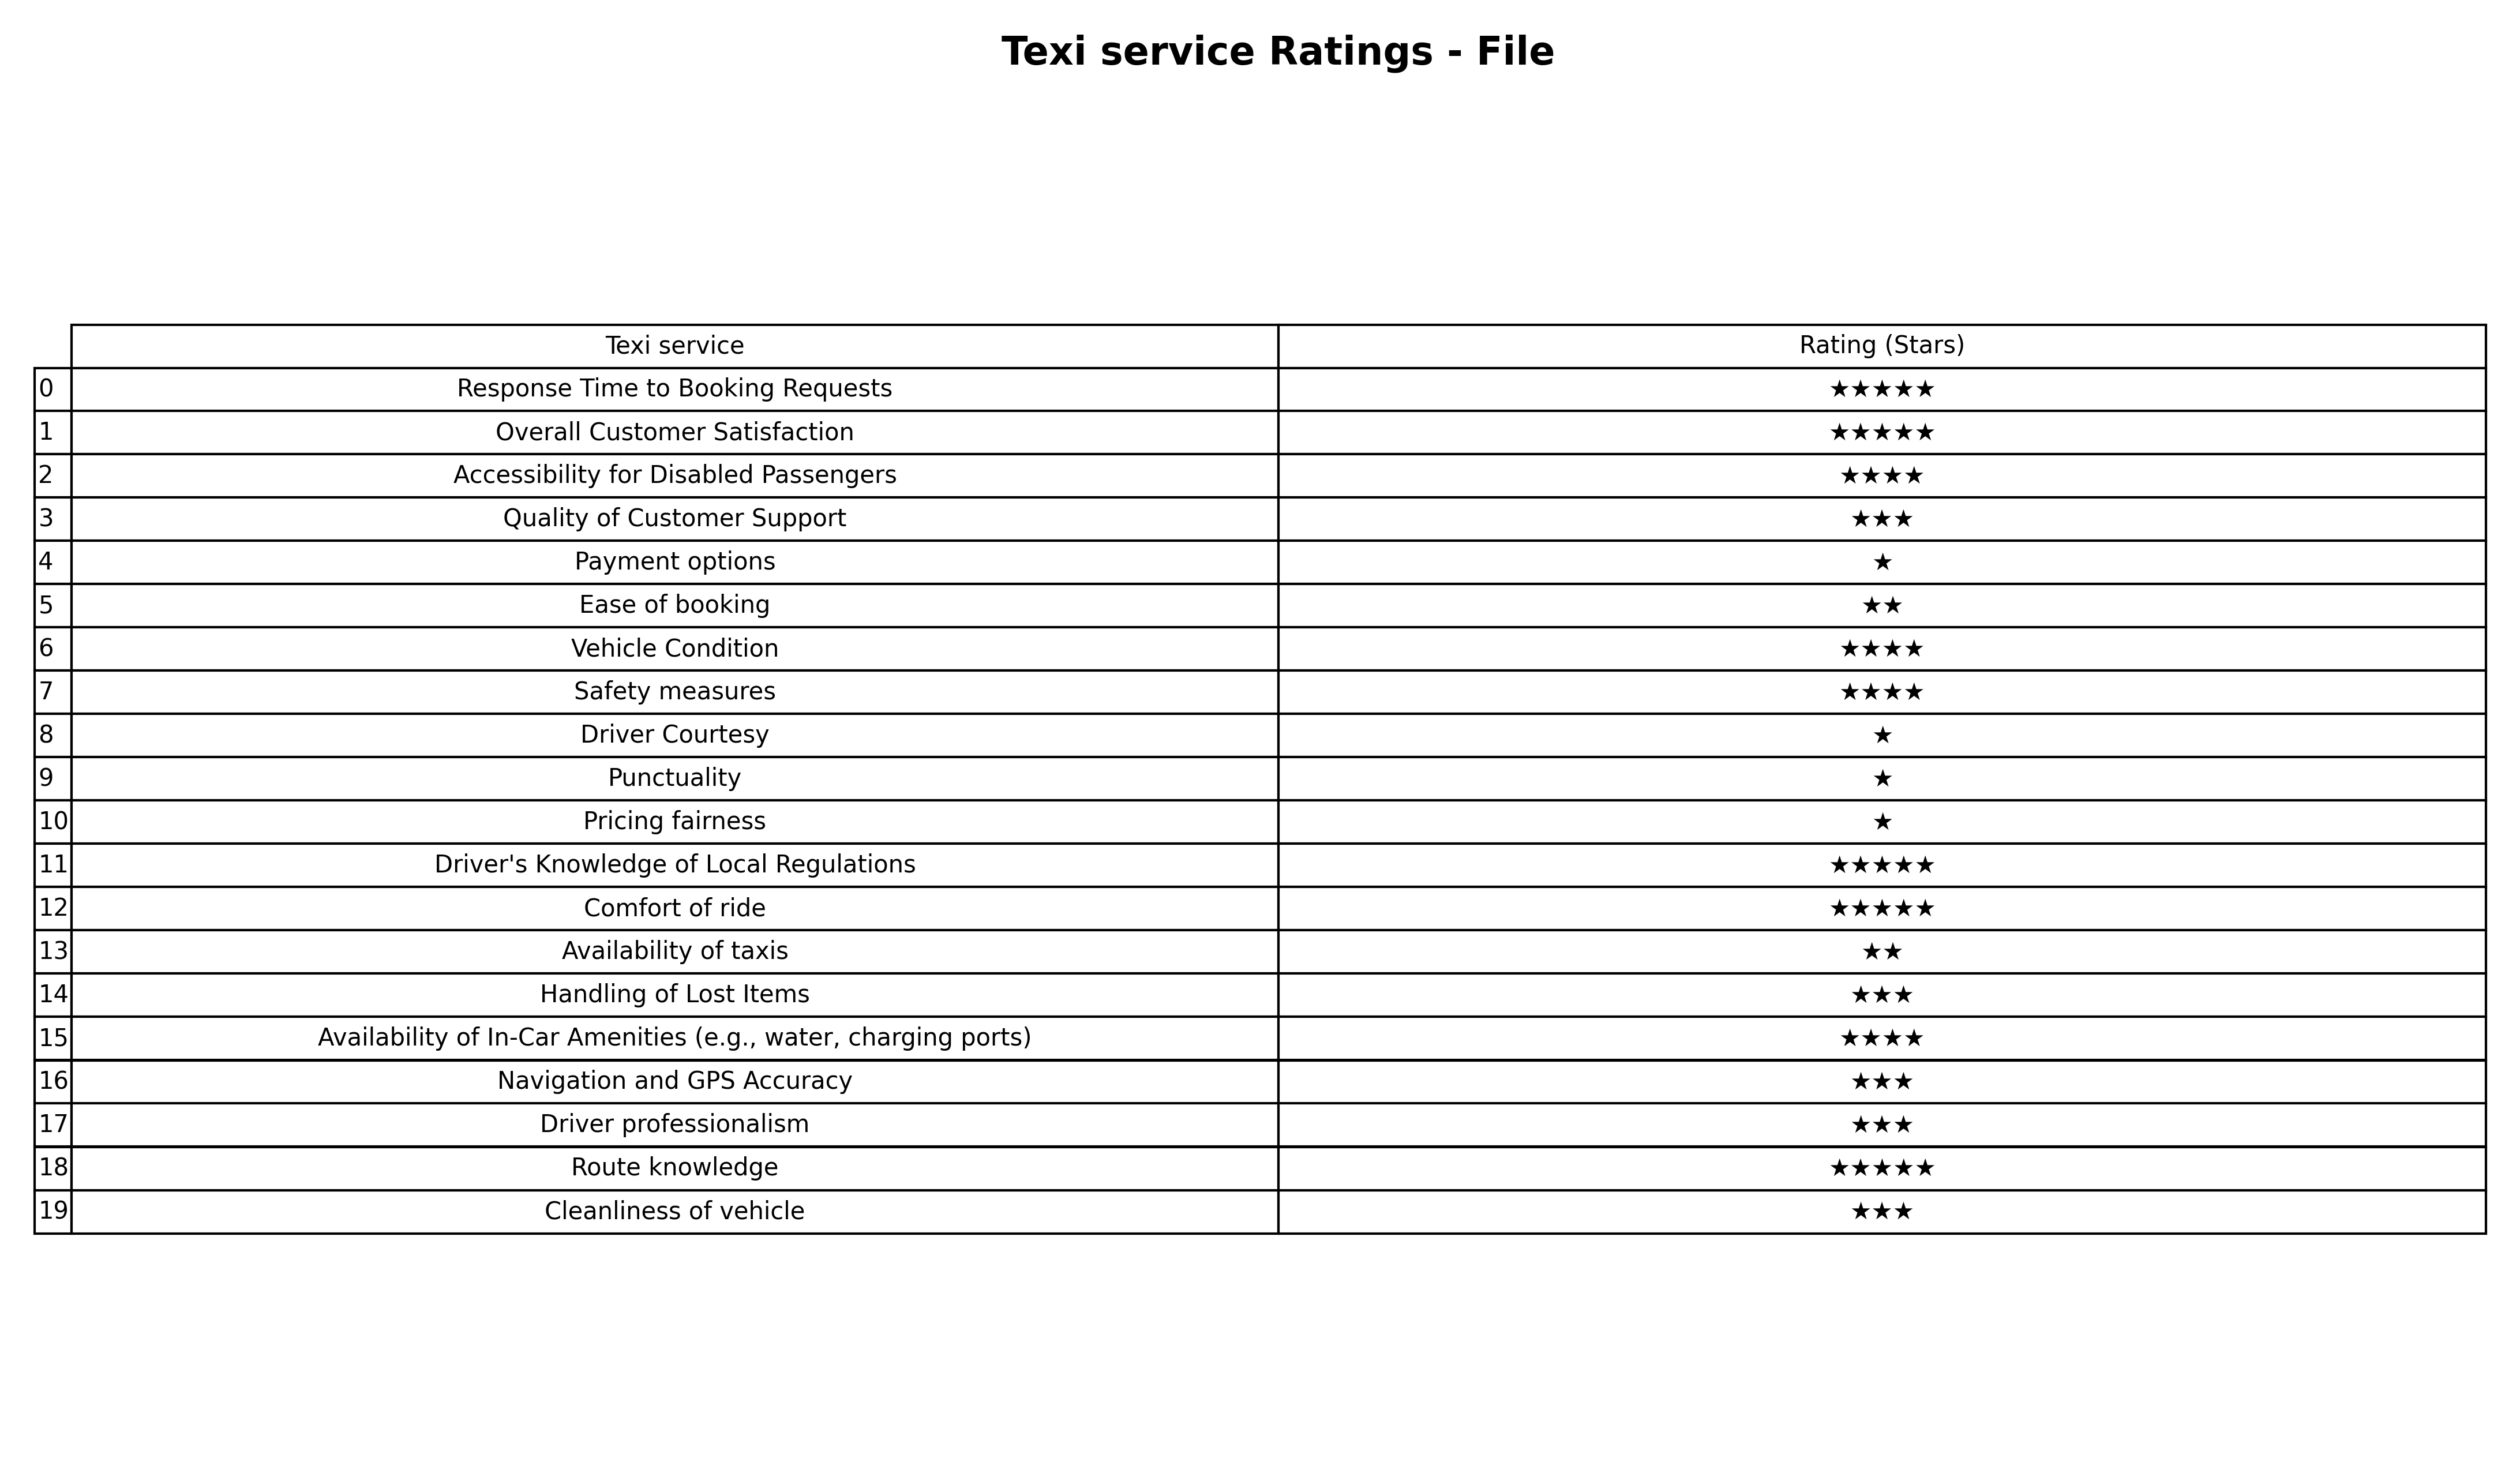
question: What are lowest rating services?
answer: Ease of bookingAvailability of taxis